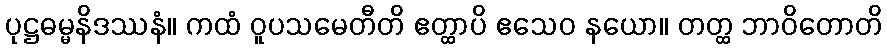
ပုဋ္ဌဓမ္မနိဒဿနံ။ ကထံ ဝူပသမေတီတိ ဧတ္ထာပိ ဧသေဝ နယော။ တတ္ထ ဘာဝိတောတိ